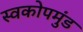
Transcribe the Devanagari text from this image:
स्वकोपमुंड